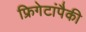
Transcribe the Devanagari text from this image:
फ्रिगेटांपैकी